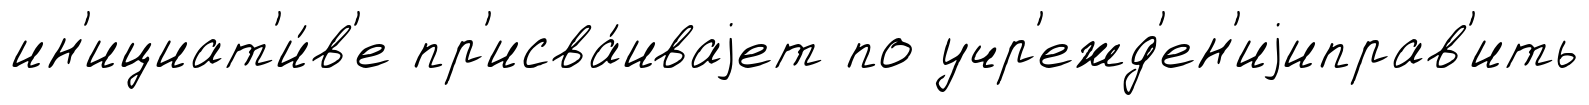
ин'ициат'и́в'е пр'исва́иваjет по учр'ежд'ен'иjиправ'ить